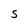
Character: S